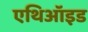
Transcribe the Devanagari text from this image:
एथिऑइड